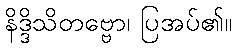
နိဒ္ဒိသိတဗ္ဗော၊ ပြအပ်၏။